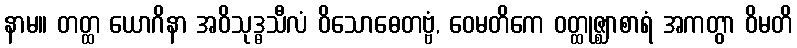
နာမ။ တတ္ထ ယောဂိနာ အဝိသုဒ္ဓသီလံ ဝိသောဓေတဗ္ဗံ, ဝေမတိကေ ဝတ္ထုဇ္ဈာစာရံ အကတွာ ဝိမတိ